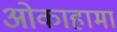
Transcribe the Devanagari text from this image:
ओकाहामा